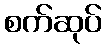
စက်ဆုပ်